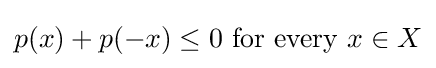
p(x)+p(-x)\leq 0{\text{ for every }}x\in X